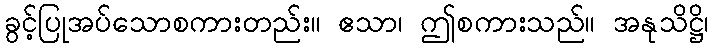
ခွင့်ပြုအပ်သောစကားတည်း။ ဧသာ၊ ဤစကားသည်။ အနုသိဋ္ဌိ၊